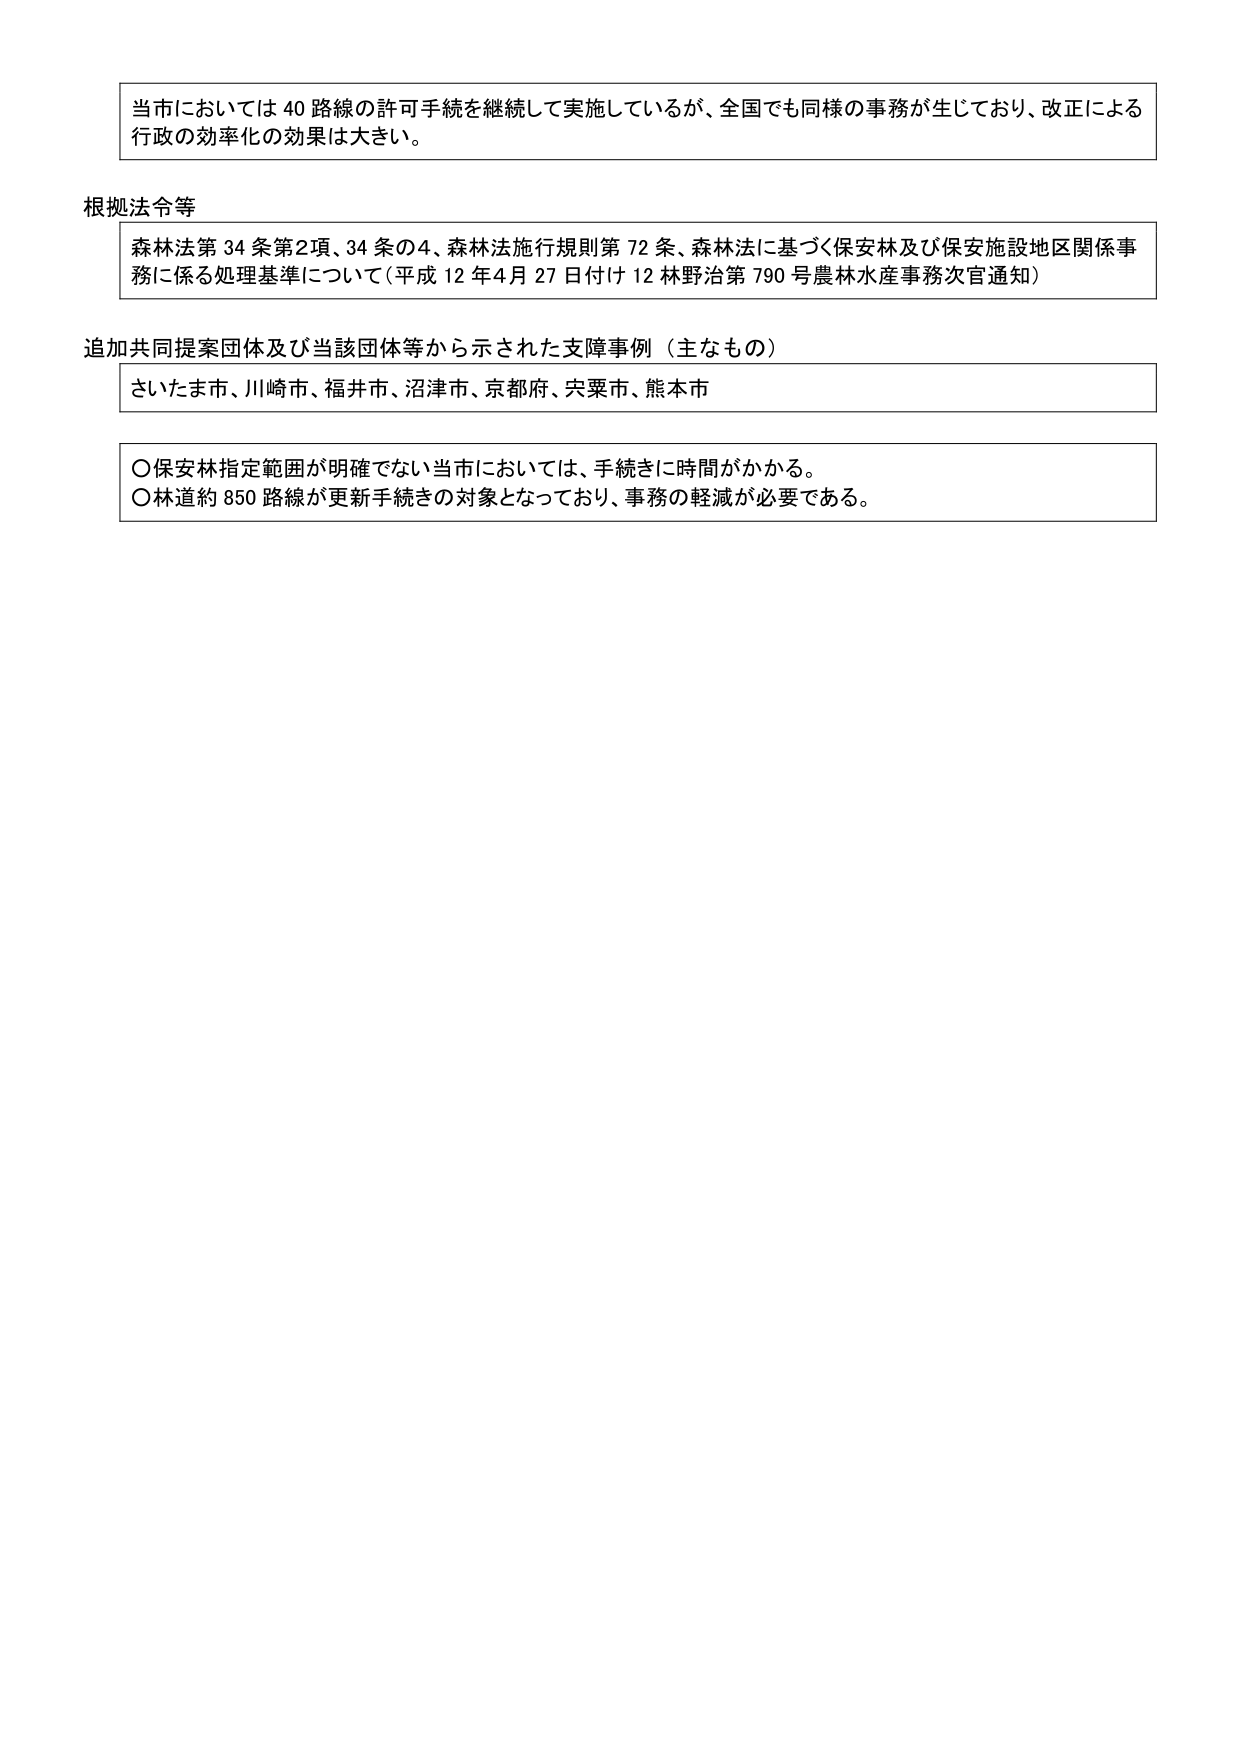
当市においては 40 路線の許可手続を継続して実施しているが、全国でも同様の事務が生じており、改正による行政の効率化の効果は大きい。

根拠法令等
森林法第 34 条第2項、34 条の4、森林法施行規則第 72 条、森林法に基づく保安林及び保安施設地区関係事務に係る処理基準について（平成 12 年4月 27 日付け 12 林野治第 790 号農林水産事務次官通知）

追加共同提案団体及び当該団体等から示された支障事例（主なもの）
さいたま市、川崎市、福井市、沼津市、京都府、宍粟市、熊本市

〇保安林指定範囲が明確でない当市においては、手続きに時間がかかる。
〇林道約 850 路線が更新手続きの対象となっており、事務の軽減が必要である。